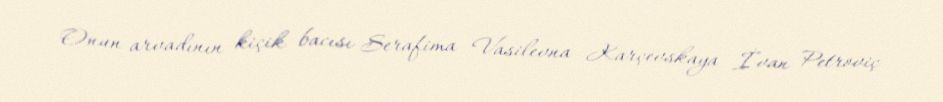
Onun arvadının kiçik bacısı Serafima Vasilevna Karçevskaya İvan Petroviç